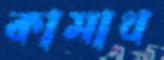
কামাথ